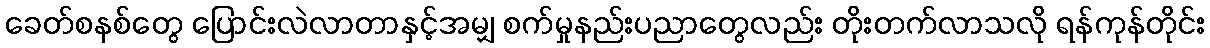
ခေတ်စနစ်တွေ ပြောင်းလဲလာတာနှင့်အမျှ စက်မှုနည်းပညာတွေလည်း တိုးတက်လာသလို ရန်ကုန်တိုင်း